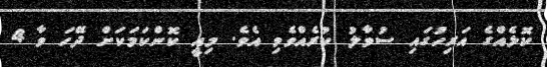
ކޮޅެއްގެ އަރިހުގައި ސުވާލު ކުރެއްވެވި އެވެ. މިއީ ކޮންކަމަކަށް ދޭހަ ވާ 4